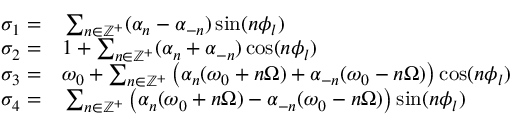
\begin{array} { r l } { \sigma _ { 1 } = } & { { } \sum _ { n \in \mathbb { Z } ^ { + } } ( \alpha _ { n } - \alpha _ { - n } ) \sin ( n \phi _ { l } ) } \\ { \sigma _ { 2 } = } & { { } 1 + \sum _ { n \in \mathbb { Z } ^ { + } } ( \alpha _ { n } + \alpha _ { - n } ) \cos ( n \phi _ { l } ) } \\ { \sigma _ { 3 } = } & { { } \omega _ { 0 } + \sum _ { n \in \mathbb { Z } ^ { + } } \big ( \alpha _ { n } ( \omega _ { 0 } + n \Omega ) + \alpha _ { - n } ( \omega _ { 0 } - n \Omega ) \big ) \cos ( n \phi _ { l } ) } \\ { \sigma _ { 4 } = } & { { } \sum _ { n \in \mathbb { Z } ^ { + } } \big ( \alpha _ { n } ( \omega _ { 0 } + n \Omega ) - \alpha _ { - n } ( \omega _ { 0 } - n \Omega ) \big ) \sin ( n \phi _ { l } ) } \end{array}